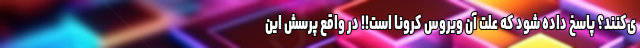
ی‌کنند؟ پاسخ داده شود که علت آن ویروس کرونا است!! در واقع پرسش این